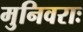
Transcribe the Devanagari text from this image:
मुनिवराः